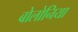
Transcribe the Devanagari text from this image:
बोलोनिया